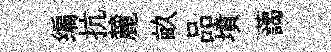
编抗麓畝品墳藹